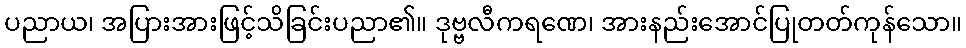
ပညာယ၊ အပြားအားဖြင့်သိခြင်းပညာ၏။ ဒုဗ္ဗလီကရဏေ၊ အားနည်းအောင်ပြုတတ်ကုန်သော။